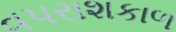
વપરાશકાળ